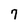
Character: 7